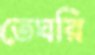
তেঘরি